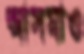
আসমাও